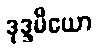
ဒုဒ္ဒမိယော